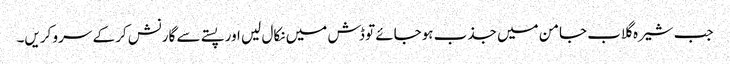
جب شیرہ گلاب جامن میں جذب ہوجائے تو ڈش میں نکال لیں اور پستے سے گارنش کر کے سرو کریں۔